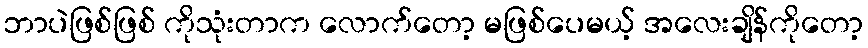
ဘာပဲဖြစ်ဖြစ် ကိုသုံးတာက လောက်တော့ မဖြစ်ပေမယ့် အလေးချိန်ကိုတော့